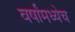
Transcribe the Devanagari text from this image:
वर्षांमध्येच